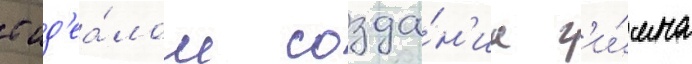
с ид'еа́лом созда́н'иа г'и́мна